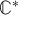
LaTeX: \mathbb { C } ^ { * }